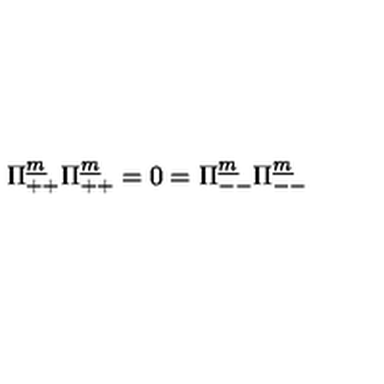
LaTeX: \Pi _ { + + } ^ { \underline { m } } \Pi _ { + + } ^ { \underline { m } } = 0 = \Pi _ { -- } ^ { \underline { m } } \Pi _ { -- } ^ { \underline { m } }